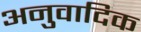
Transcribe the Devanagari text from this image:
अनुवादिक